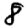
Digit: 8